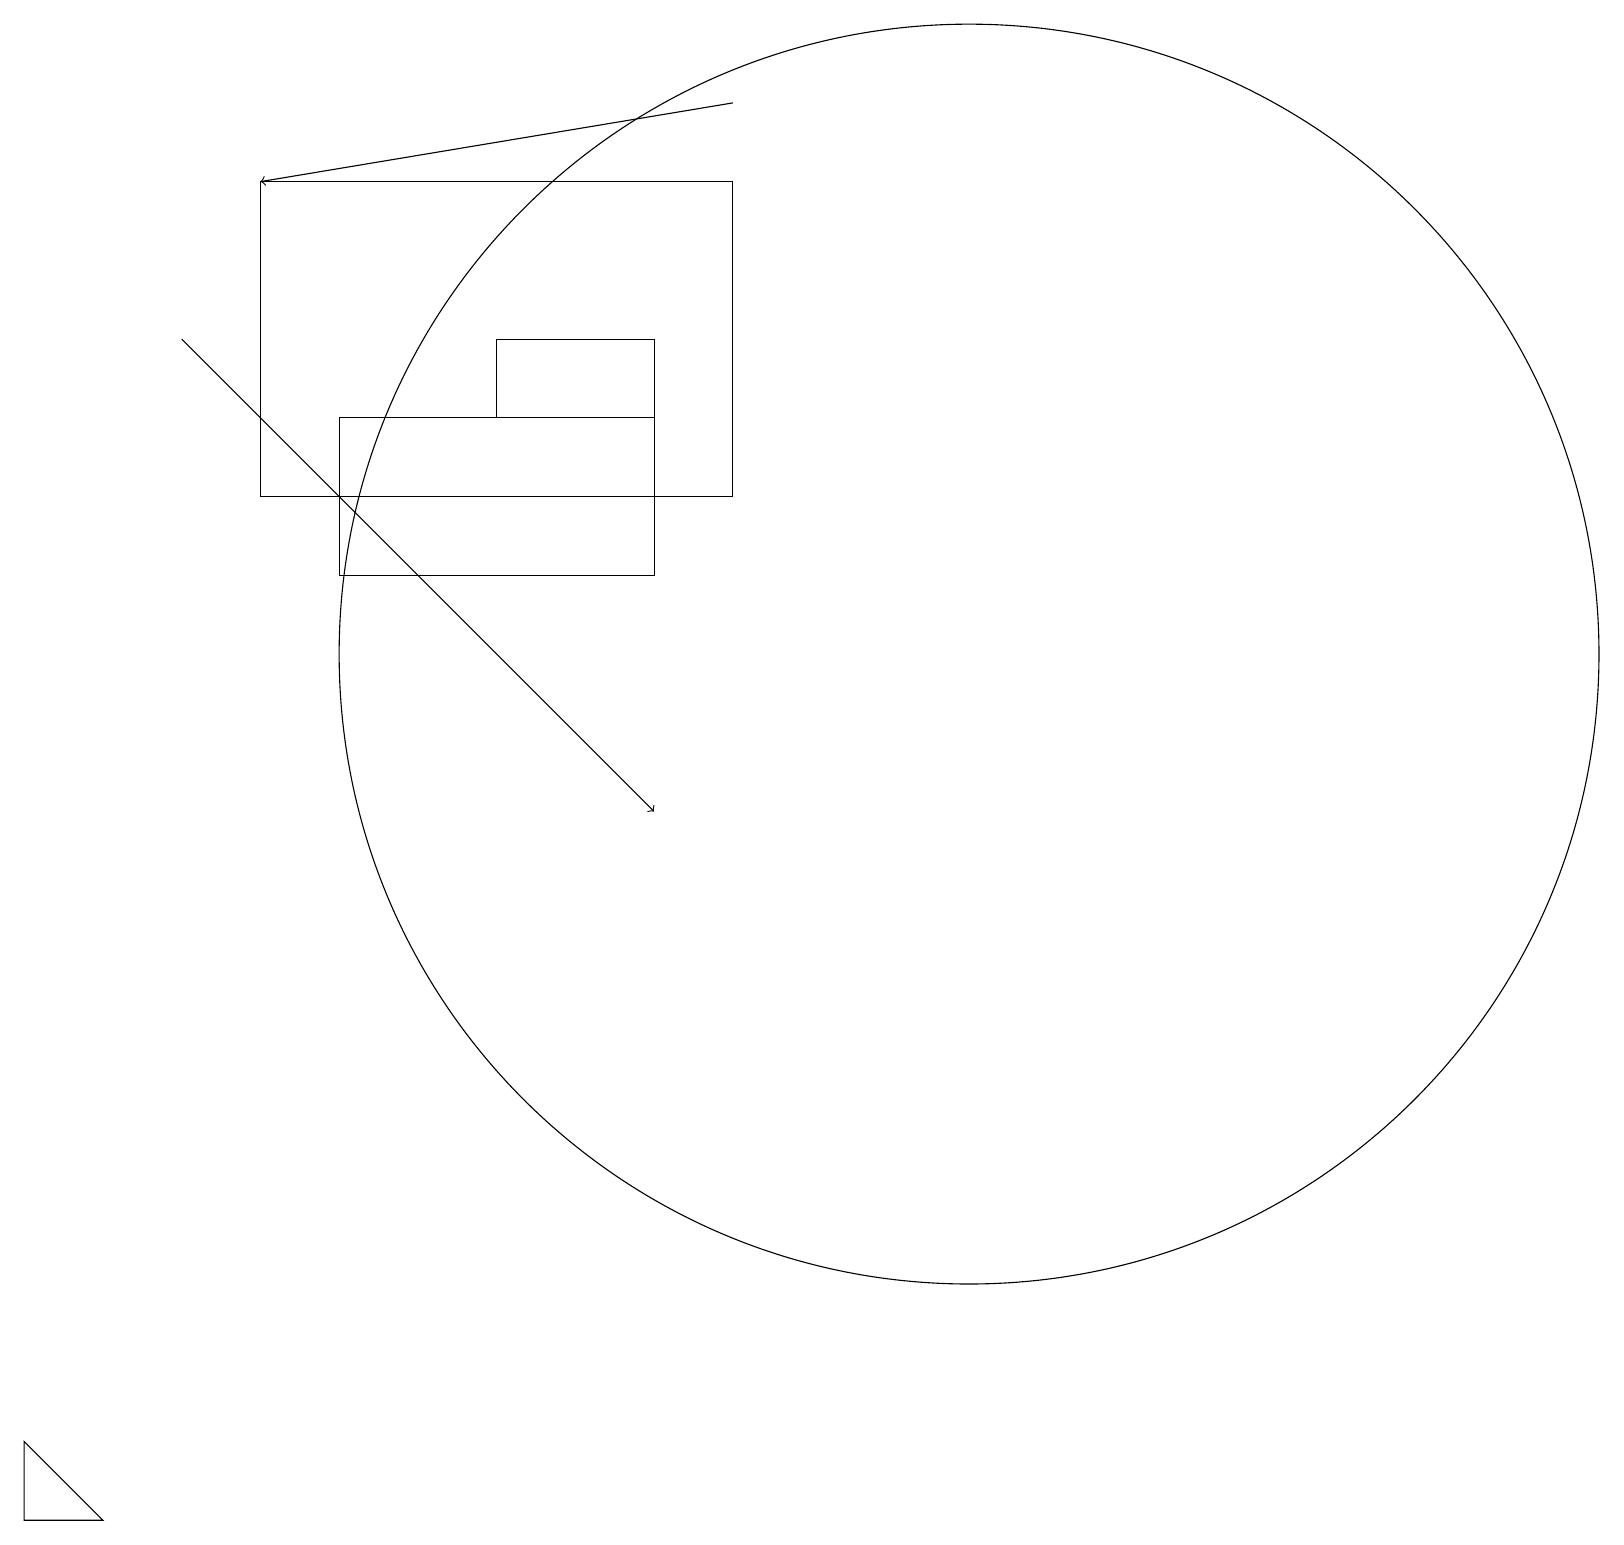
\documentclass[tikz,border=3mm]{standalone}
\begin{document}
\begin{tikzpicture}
\draw (8,16) rectangle (6,15);
\draw (1,1) -- (0,1) -- (0,2) -- cycle;
\draw[->] (9,19) -- (3,18);
\draw (4,15) rectangle (8,13);
\draw (12,12) circle (8);
\draw[->] (2,16) -- (8,10);
\draw (9,14) rectangle (3,18);
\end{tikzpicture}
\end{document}